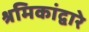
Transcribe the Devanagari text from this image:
श्रमिकांद्वारे